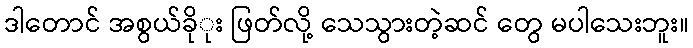
ဒါတောင် အစွယ်ခိုုး ဖြတ်လို့ သေသွားတဲ့ဆင် တွေ မပါသေးဘူး။